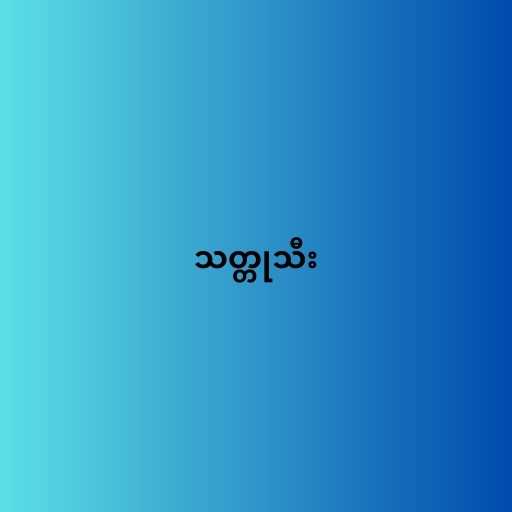
သတ္တုသီး